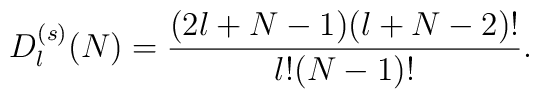
D^{(s)}_{l}(N)=\frac{(2l+N-1)(l+N-2)!}{l!(N-1)!}.